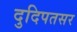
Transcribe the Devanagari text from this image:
दुदिपतसर